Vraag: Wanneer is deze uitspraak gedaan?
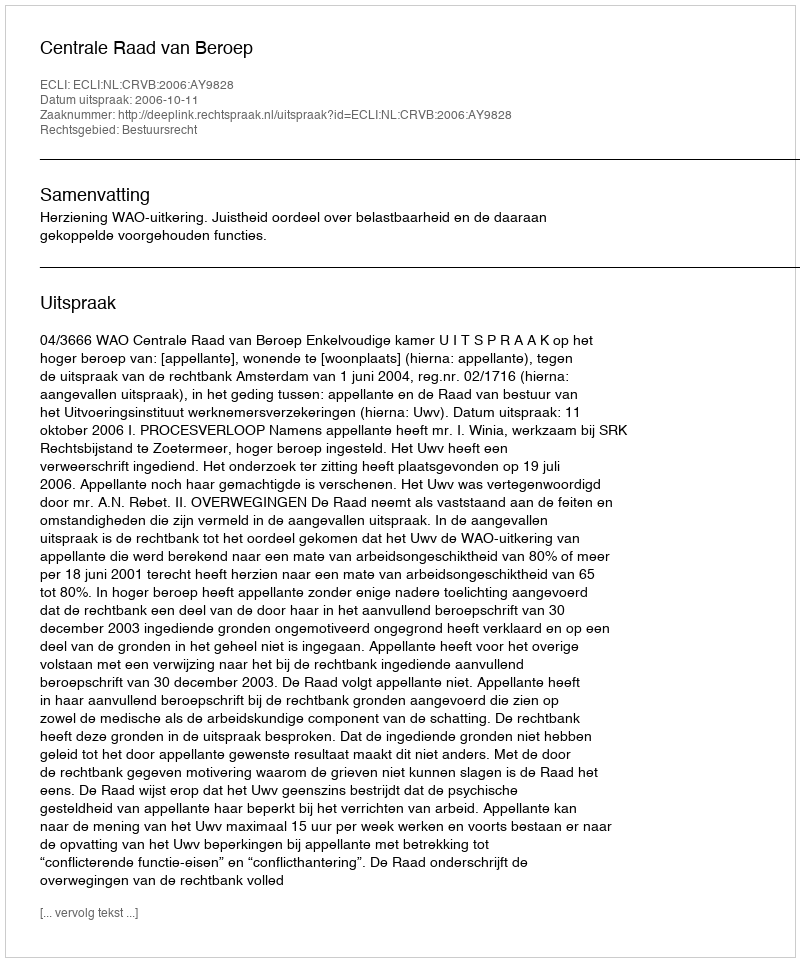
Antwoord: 2006-10-11